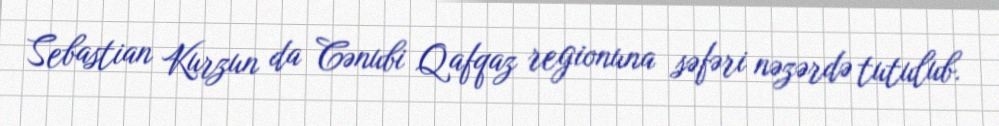
Sebastian Kurzun da Cənubi Qafqaz regionuna səfəri nəzərdə tutulub.